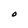
Character: O